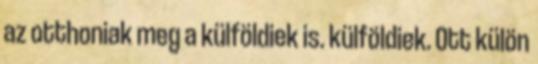
az otthoniak meg a külföldiek is. külföldiek. Ott külön